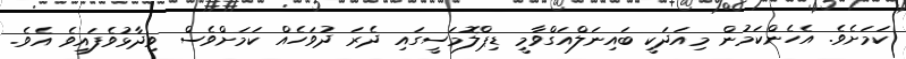
ކަމަށެވެ. އެހެންކަމުން މިއަދަކީ ބައިނަލްއަގްވާމީ ޑިޕްލޮމަސީގައި ދެރަ ދުވަހެއް ކަމަށްވެސް ވިދާޅުވެފައިވެ އެވެ.